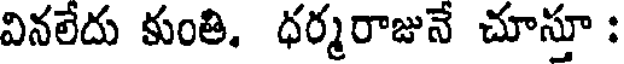
వినలేదు కుంతి. ధర్మరాజునే చూస్తూ :